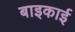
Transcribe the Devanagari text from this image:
बाइकाई